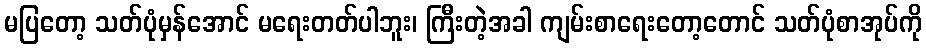
မပြတော့ သတ်ပုံမှန်အောင် မရေးတတ်ပါဘူး၊ ကြီးတဲ့အခါ ကျမ်းစာရေးတော့တောင် သတ်ပုံစာအုပ်ကို